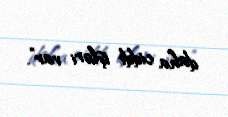
daha ciddi işləri var”.